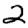
Digit: 2